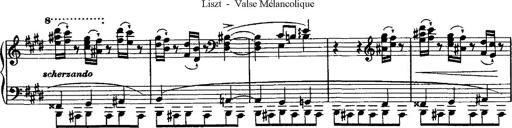
Title: Valse mÃ©lancolique
Composer: Paul Vidal
Key: F-sharp minor